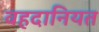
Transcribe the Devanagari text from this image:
वहदानियत